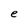
Character: e